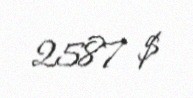
2587 $